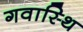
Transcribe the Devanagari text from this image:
गवास्थि